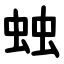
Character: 䖵